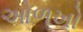
ઓળખો